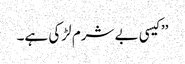
’’کیسی بے شرم لڑکی ہے۔